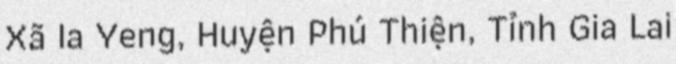
Xã Ia Yeng, Huyện Phú Thiện, Tỉnh Gia Lai